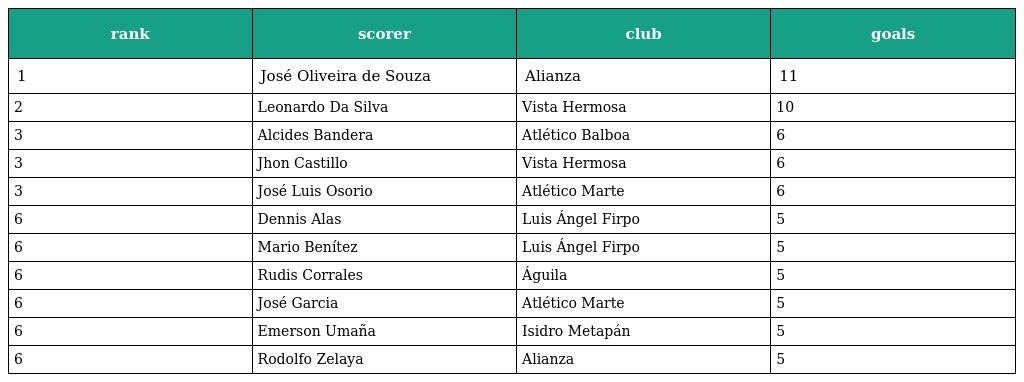
| rank | scorer | club | goals |
 | --- | --- | --- | --- |
 | 1 | José Oliveira de Souza | Alianza | 11 |
 | 2 | Leonardo Da Silva | Vista Hermosa | 10 |
 | 3 | Alcides Bandera | Atlético Balboa | 6 |
 | 3 | Jhon Castillo | Vista Hermosa | 6 |
 | 3 | José Luis Osorio | Atlético Marte | 6 |
 | 6 | Dennis Alas | Luis Ángel Firpo | 5 |
 | 6 | Mario Benítez | Luis Ángel Firpo | 5 |
 | 6 | Rudis Corrales | Águila | 5 |
 | 6 | José Garcia | Atlético Marte | 5 |
 | 6 | Emerson Umaña | Isidro Metapán | 5 |
 | 6 | Rodolfo Zelaya | Alianza | 5 |